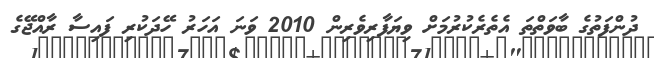
ދުންފަތުގެ ބާވަތްތަ އެތެރެކުރުމަށް ވިޔަފާރިވެރިން 2010 ވަނަ އަހަރު ހޭދަކުރި ފައިސާ ރާއްޖޭގެ